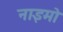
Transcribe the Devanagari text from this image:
नाइमो